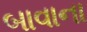
બાવાના